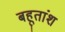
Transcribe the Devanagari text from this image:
बहूतांश